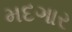
મદગાર